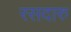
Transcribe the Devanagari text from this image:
रसदारु